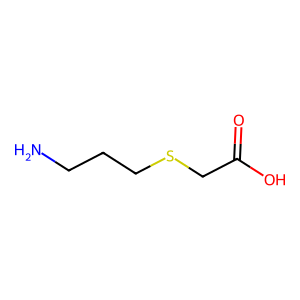
SMILES: NCCCSCC(=O)O
Inhibits HIV replication: No